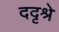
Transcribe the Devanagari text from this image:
ददृश्रे